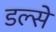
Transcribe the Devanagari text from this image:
डल्से